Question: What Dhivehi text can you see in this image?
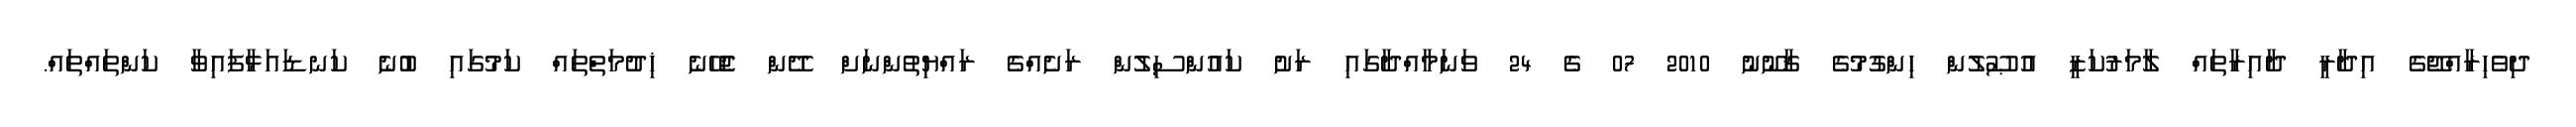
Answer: ދިވެހިރާއްޖޭގެ އިދާރީ ދާއިރާތައް ލާމަރުކަޒީ އުޞޫލުން ހިންގުމުގެ ޤާނޫނު 2010 07 ގެ 24 ވަނަމާއްދާގައި ރަށު ކައުންސިލުން ރަށެއްގެ ރައްޔިތުންނަށް ދޭން ޖެހޭނެ ޚިދުމަތްތައް ކަމުގައި ބުނެ ކަނޑައަޅާފައިވާ ކަންތައްތައް.